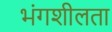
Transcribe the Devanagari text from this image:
भंगशीलता